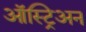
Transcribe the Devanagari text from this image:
ऑस्ट्रिअन